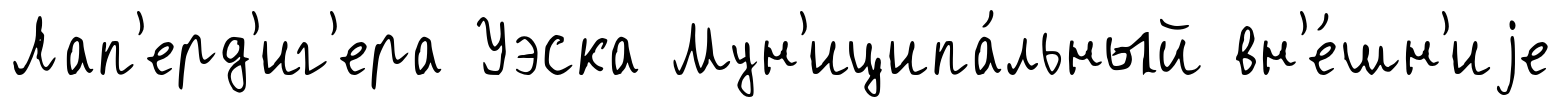
Лап'ерд'иг'ера Уэска Мун'иципа́льный вн'е́шн'иjе